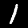
Digit: 1